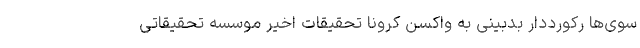
سوی‌ها رکورددار بدبینی به واکسن کرونا تحقیقات اخیر موسسه تحقیقاتی